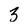
Character: 3